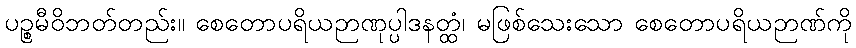
ပဉ္စမီဝိဘတ်တည်း။ စေတောပရိယဉာဏုပ္ပါဒနတ္ထံ၊ မဖြစ်သေးသော စေတောပရိယဉာဏ်ကို